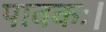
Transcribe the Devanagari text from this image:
पावकः।